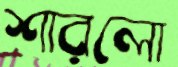
শারলো